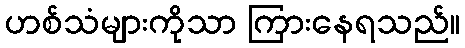
ဟစ်သံများကိုသာ ကြားနေရသည်။